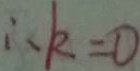
\therefore k = 0